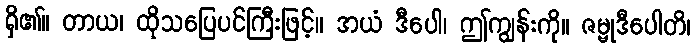
ရှိ၏။ တာယ၊ ထိုသပြေပင်ကြီးဖြင့်။ အယံ ဒီပေါ၊ ဤကျွန်းကို။ ဇမ္ဗုဒီပေါတိ၊